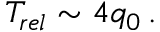
T _ { r e l } \sim 4 q _ { 0 } \, .